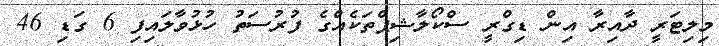
މިލިޓަރީ ދާއިރާ އިން ޑިގްރީ ސްކޯލާޝިޕްތަކެއްގެ ފުރުސަތު ހުޅުވާލައިފި 6 ގަޑި 46